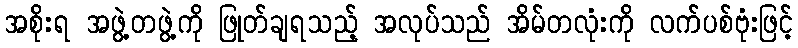
အစိုးရ အဖွဲ့တဖွဲ့ကို ဖြုတ်ချရသည့် အလုပ်သည် အိမ်တလုံးကို လက်ပစ်ဗုံးဖြင့်